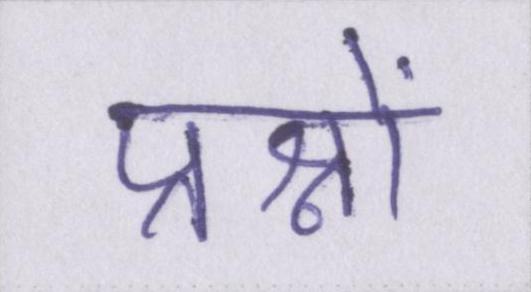
प्रश्नों